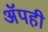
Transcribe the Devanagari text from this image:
अॅपही